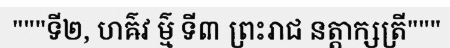
"""ទី២, ហឝ៌វ ម៌្ម ទី៣ ព្រះរាជ នត្តាក្សត្រី"""